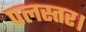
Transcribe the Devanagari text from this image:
पलस्तर।